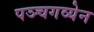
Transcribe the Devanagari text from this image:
पञ्चगव्येन